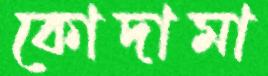
কোদামা